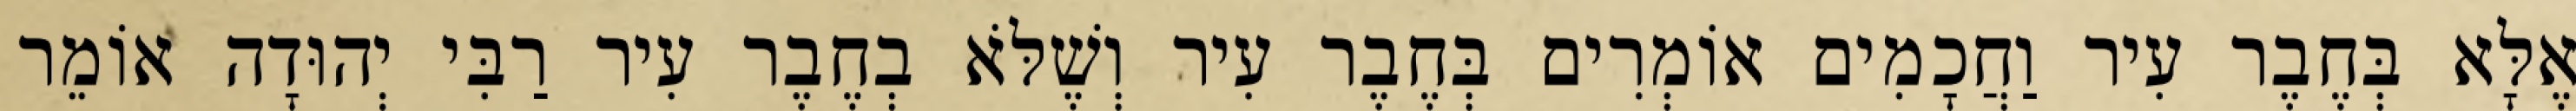
אֶלָּא בְּחֶבֶר עִיר וַחֲכָמִים אוֹמְרִים בְּחֶבֶר עִיר וְשֶׁלֹּא בְחֶבֶר עִיר רַבִּי יְהוּדָה אוֹמֵר